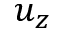
u _ { z }